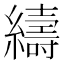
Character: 䌧